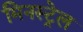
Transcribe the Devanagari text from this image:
मिनस्ट्रेल